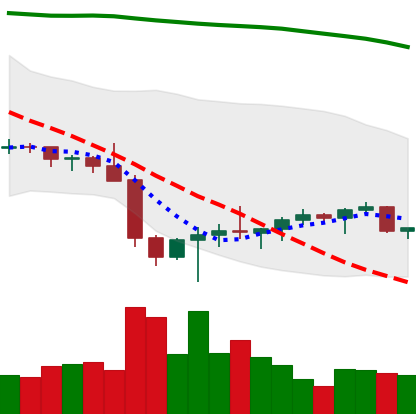
Ticker: BTC-USD
Chart end date: 2022-02-03
Forward return: 18.743%
Label: up_7plus